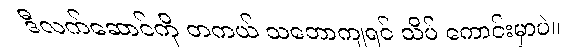
ဒီလက်ဆောင်ကို တကယ် သဘောကျရင် သိပ် ကောင်းမှာပဲ။